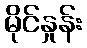
မိုင်နှုန်း